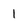
Character: 1